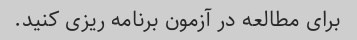
برای مطالعه در آزمون برنامه ریزی کنید.